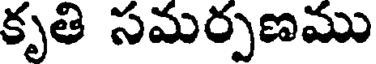
కృతి సమర్పణము